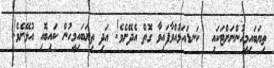
ތިޔަބައިމީހުންނަށްޓަކައި  ކަނޑައަޅުއްވާފައިވާ ގޮތް އެދޭށެވެ! އަދި ތިޔަބައިމީހުން ކައިބޮއި އުޅޭށެވެ!